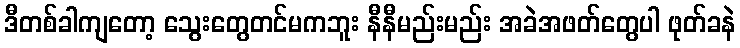
ဒီတစ်ခါကျတော့ သွေးတွေတင်မကဘူး နီနီမည်းမည်း အခဲအဖတ်တွေပါ ဖုတ်ခနဲ